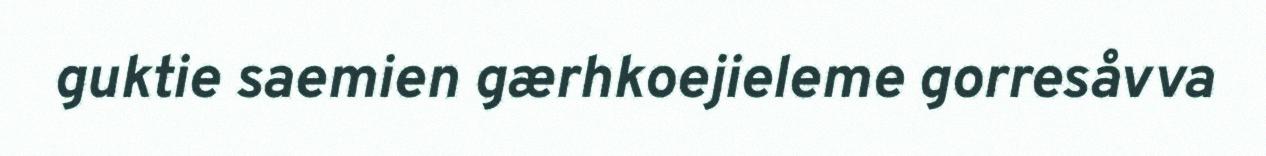
guktie saemien gærhkoejieleme gorresåvva